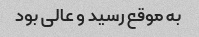
به موقع رسید و عالی بود